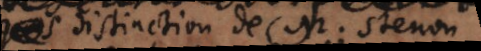
distinction de Mons. Stenon